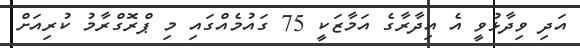
އަދި ވިދާޅުވީ އެ އިދާރާގެ އަމާޒަކީ 75 ގައުމެއްގައި މި ޕްރޮގްރާމު ކުރިއަށް